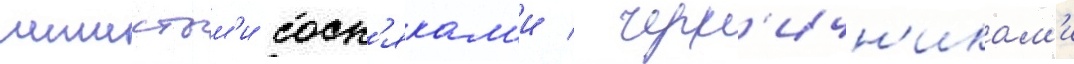
мшистым'и сосн'якам'и / черн'ичн'икам'и